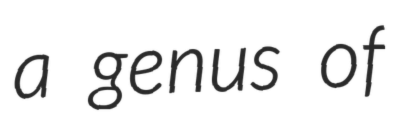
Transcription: a genus of